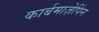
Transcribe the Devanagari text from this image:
कार्बमाज़ेपिंन